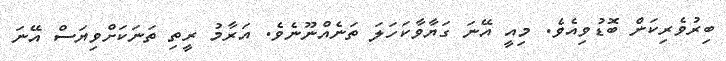
ބިރުވެރިކަން ބޮޑުވިއެވެ. މިއީ އޭނަ ގަޔާވާކަހަލަ ތަނެއްނޫނެވެ. އަރާމު ރީތި ތަނަކަށްވިޔަސް އޭނަ